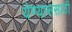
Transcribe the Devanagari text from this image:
येण्याससाठी